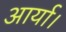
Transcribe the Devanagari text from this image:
आर्या।